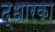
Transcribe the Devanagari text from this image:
द्धारका